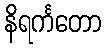
နိရင်္ကတော